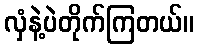
လှံနဲ့ပဲတိုက်ကြတယ်။